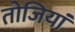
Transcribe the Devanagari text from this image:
तोजियां